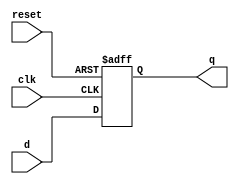
`timescale 1ns / 1ps

//////////////////////////////////////////////////////////////////////////
// Assignment No: 7
// Group No     : 8
// Group Members: Suhas Jain    (19CS30048)
//                Monal Prasad  (19CS30030)
// Semester No  : 5 (Autumn 2021-22)
//////////////////////////////////////////////////////////////////////////

module dff (
    input clk,
    input reset,
    input d,
    output reg q
);
    /*
        clk: clock
        reset: 1 bit reset signal
        d: Input bit 
        q: single bit output register
    */
    // Sequential Control (FLIP FLOP CONTROL)
    // Asynchronous reset
    always @(posedge clk or posedge reset) begin
        if (reset) begin
        // Asynchronous reset when reset goes high
        q <= 1'b0;
        end 
        else begin
        // Assign D to Q on positive clock edge
        q <= d;
        end
    end
endmodule